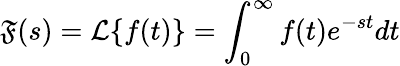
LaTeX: \mathfrak{F}(s)=\mathcal{{L}}\{ f(t)\} =\int_{0}^{\infty}f(t)e^{-st}dt